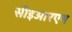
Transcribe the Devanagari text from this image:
सीइआरएन